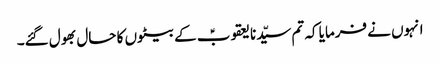
انہوں نے فرمایا کہ تم سیّدنا یعقوبؑ کے بیٹوں کا حال بھول گئے۔